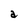
Character: a